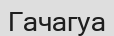
Гачагуа